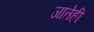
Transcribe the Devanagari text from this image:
जातेही